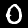
Label: 0